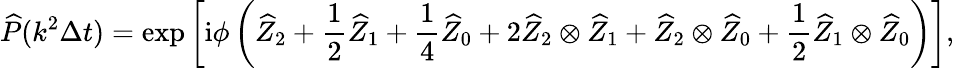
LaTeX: \widehat{P}(k^{2}\Delta t)=\exp\left[\mathrm{i}\phi\left(\widehat{Z}_{2}+\frac 12\widehat{Z}_{1}+\frac 14\widehat{Z}_{0}+2\widehat{Z}_{2}\otimes\widehat{Z}_{1}+\widehat{Z}_{2}\otimes\widehat{Z}_{0}+\frac 12\widehat{Z}_{1}\otimes\widehat{Z}_{0}\right)\right],